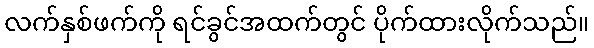
လက်နှစ်ဖက်ကို ရင်ခွင်အထက်တွင် ပိုက်ထားလိုက်သည်။